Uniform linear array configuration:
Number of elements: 4
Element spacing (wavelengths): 0.5
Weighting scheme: cosine
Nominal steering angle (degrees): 45
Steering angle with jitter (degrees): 43.812
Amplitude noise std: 0.05
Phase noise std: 0.05

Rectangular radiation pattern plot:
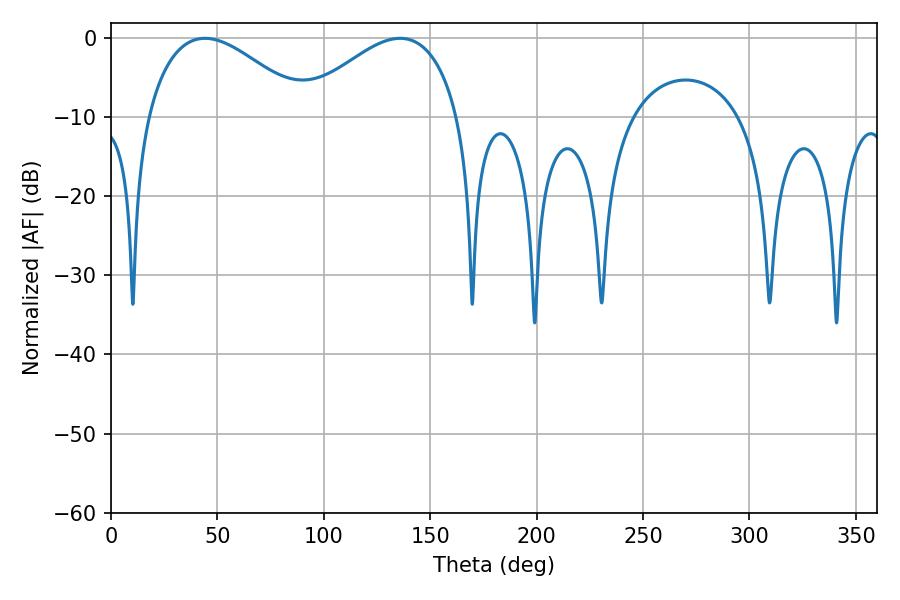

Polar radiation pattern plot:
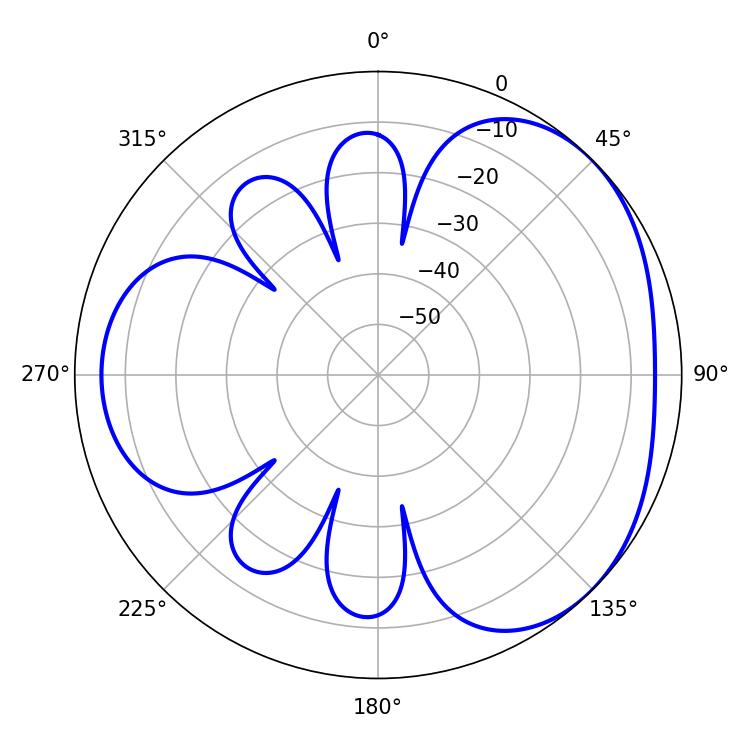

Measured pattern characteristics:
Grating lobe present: FALSE
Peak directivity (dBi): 3.375
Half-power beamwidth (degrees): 41.22
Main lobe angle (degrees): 44.1